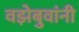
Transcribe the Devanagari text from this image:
वझेबुवांनी